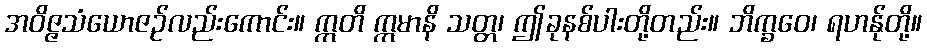
အဝိဇ္ဇသံယောဇဉ်လည်းကောင်း။ ဣတိ ဣမာနိ သတ္တ၊ ဤခုနစ်ပါးတို့တည်း။ ဘိက္ခဝေ၊ ရဟန်ုတို့။